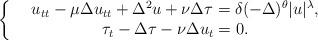
LaTeX: \begin{align*} \left\{\begin{array}[c]{lc}&u_{tt}-\mu\Delta u_{tt}+\Delta^2 u+\nu\Delta \tau=\delta(-\Delta)^{\theta} |u|^{\lambda},\\& \tau_t-\Delta \tau-\nu\Delta u_t=0.\end{array}\right. \end{align*}